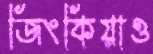
জিংকিয়াও